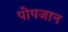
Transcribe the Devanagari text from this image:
पोपजान